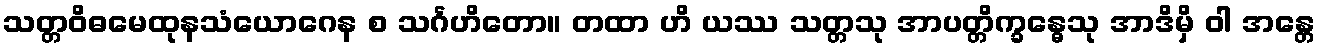
သတ္တဝိဓမေထုနသံယောဂေန စ သင်္ဂဟိတော။ တထာ ဟိ ယဿ သတ္တသု အာပတ္တိက္ခန္ဓေသု အာဒိမှိ ဝါ အန္တေ